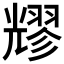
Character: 𠓂